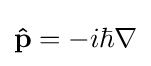
\mathbf {\hat {p}} =-i\hbar \nabla \,\!